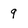
Character: 9